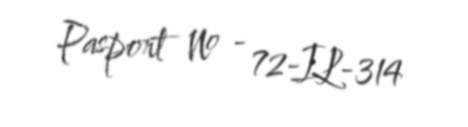
Pasport № - 72-IL-314